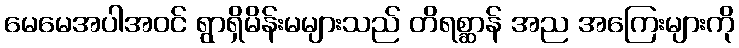
မေမေအပါအဝင် ရွာရှိမိန်းမများသည် တိရစ္ဆာန် အည အကြေးများကို